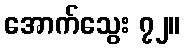
အောက်သွေး ၇၂။